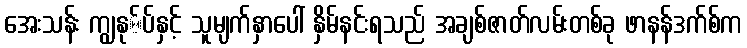
အေးသန်း ကျွနု်ပ်နှင့် သူမျက်နှာပေါ် နှိမ်နင်းရသည် အချစ်ဇာတ်လမ်းတစ်ခု ဖာနန်ဒက်စ်က